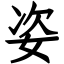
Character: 姿